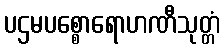
ပဌမပစ္စောရောဟဏီသုတ္တံ